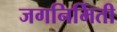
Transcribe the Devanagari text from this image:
जगनिर्मिती